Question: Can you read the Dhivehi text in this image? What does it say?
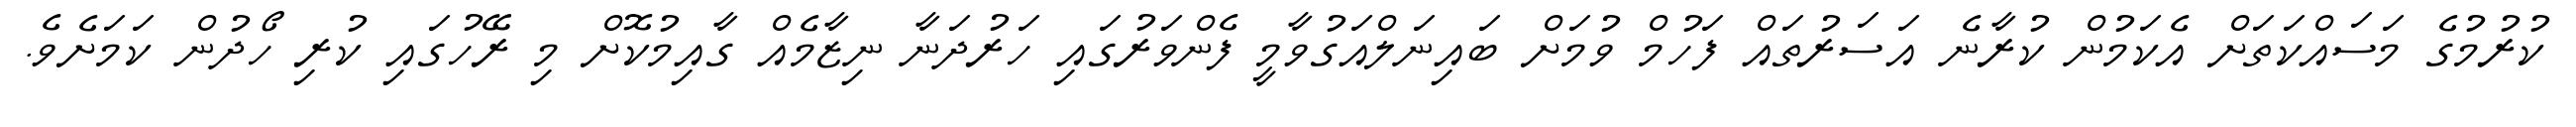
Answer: ކުރުމުގެ މަސައްކަތަށް އެކަމުން ކުރާނެ އަސަރުތައް ފަހުމް ވުމަށް ބައިނަލްއަގުވާމީ ފެންވަރުގައި ހަރުދަނާ ނިޒާމެއް ގާއިމުކޮށް މި ރޭހުގައި ކުރި ހޯދުން ކަމަށެވެ.